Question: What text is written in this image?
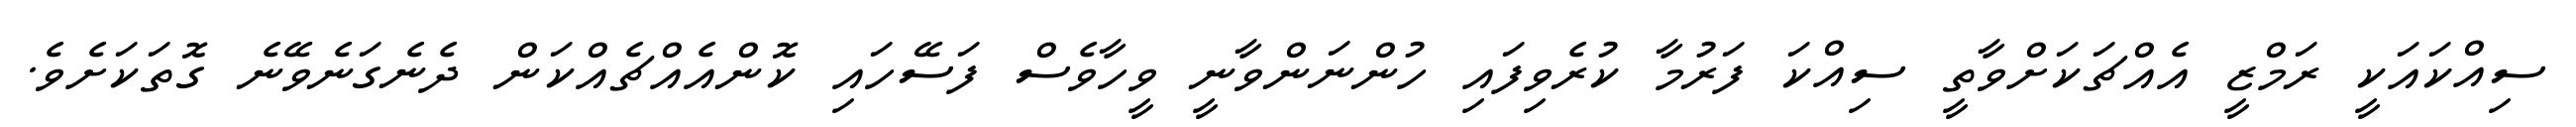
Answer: ސިއްކައަކީ ރަމްޒީ އެއްޗަކަށްވާތީ ސިއްކަ ފަރުމާ ކުރެވިފައި ހުންނަންވާނީ ވީހާވެސް ފަސޭހައި ކޮންއެއްޗެއްކަން ދެނެގަނެވޭނެ ގޮތަކަށެވެ.